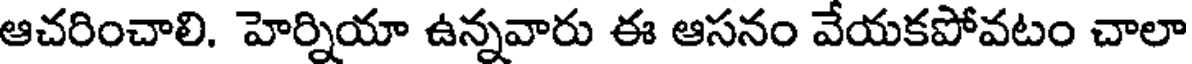
ఆచరించాలి. హెర్నియా ఉన్నవారు ఈ ఆసనం వేయకపోవటం చాలా